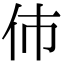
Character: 伂